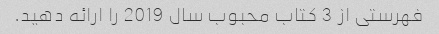
فهرستی از 3 کتاب محبوب سال 2019 را ارائه دهید.